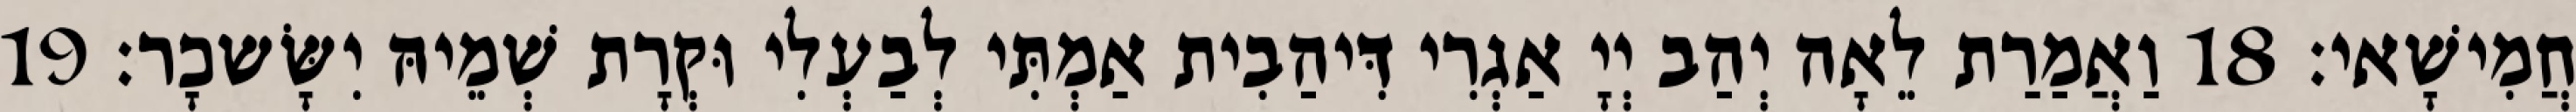
חֲמִישָׁאי׃ 18 וַאֲמַרַת לֵאָה יְהַב יְיָ אַגְרִי דִּיהַבִית אַמְתִּי לְבַעְלִי וּקְרָת שְׁמֵיהּ יִשָּׂשכָר׃ 19